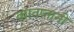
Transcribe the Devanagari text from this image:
कातप्तानी